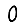
Digit: 0